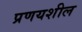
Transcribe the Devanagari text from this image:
प्रणयशील